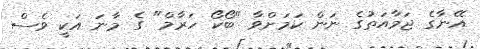
އޭނާގެ ޖަމާއަތުގެ ނަން ކަމަށްވާ "ބޯކޯ ހަރާމް" ގެ މާނަ އަކީ ވެސް